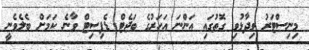
މިނިސްޓަރު ވިދާޅުވި ގޮތުގައި އަންނަ އަހަރުގެ ބަޖެޓް ޑެފިސިޓް ވާނެ ކަމަށް ބެލެވެނީ